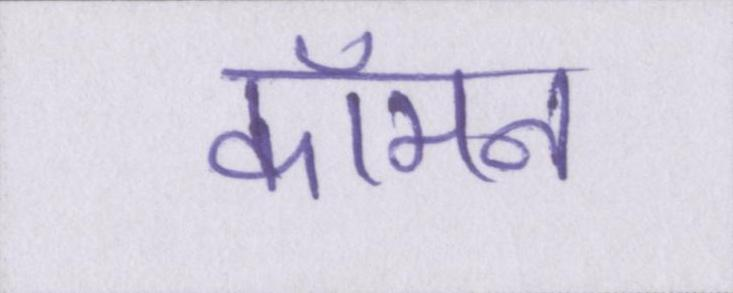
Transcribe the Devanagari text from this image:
कॉमन